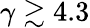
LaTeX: \gamma\gtrsim 4.3